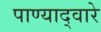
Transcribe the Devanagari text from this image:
पाण्याद्वारे